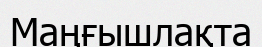
Маңғышлақта